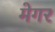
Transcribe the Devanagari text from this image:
मेगर